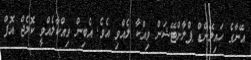
އޭނާގެ ހައިލޭންޑް ޕްލާންޓޭޝަން ވިއްކާ ލެއްވި އެވެ. އެބިން ވިއްކާލެއްވީ ކޮލެޖް އޮފް